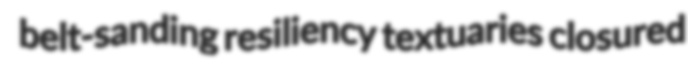
belt-sanding resiliency textuaries closured